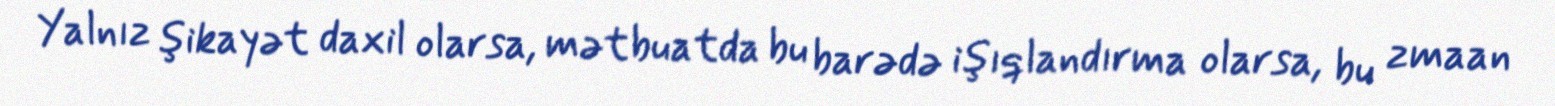
Yalnız şikayət daxil olarsa, mətbuatda bu barədə işıqlandırma olarsa, bu zmaan